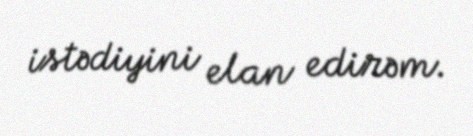
istədiyini elan edirəm.